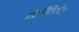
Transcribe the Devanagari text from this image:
एंफ़ीथियेटर